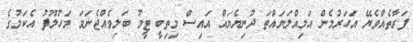
ފަރާތެއްވެޔޭ އަހަރުމެން އަމިއްލަޔައްތަ ދުނިޔެޔައް އައިސް މިތިބީ ޓީމު ބަލިވެއްޖެނަމަ މަހުލޫފު އެކަމުގެ